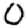
Digit: 0